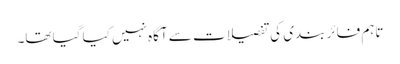
تاہم فائر بندی کی تفصیلات سے آگاہ نہیں کیا گیا تھا۔